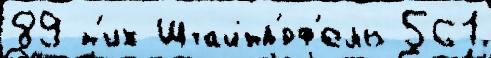
89 н'их Штайнд'́рф'ель 561